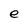
Character: e